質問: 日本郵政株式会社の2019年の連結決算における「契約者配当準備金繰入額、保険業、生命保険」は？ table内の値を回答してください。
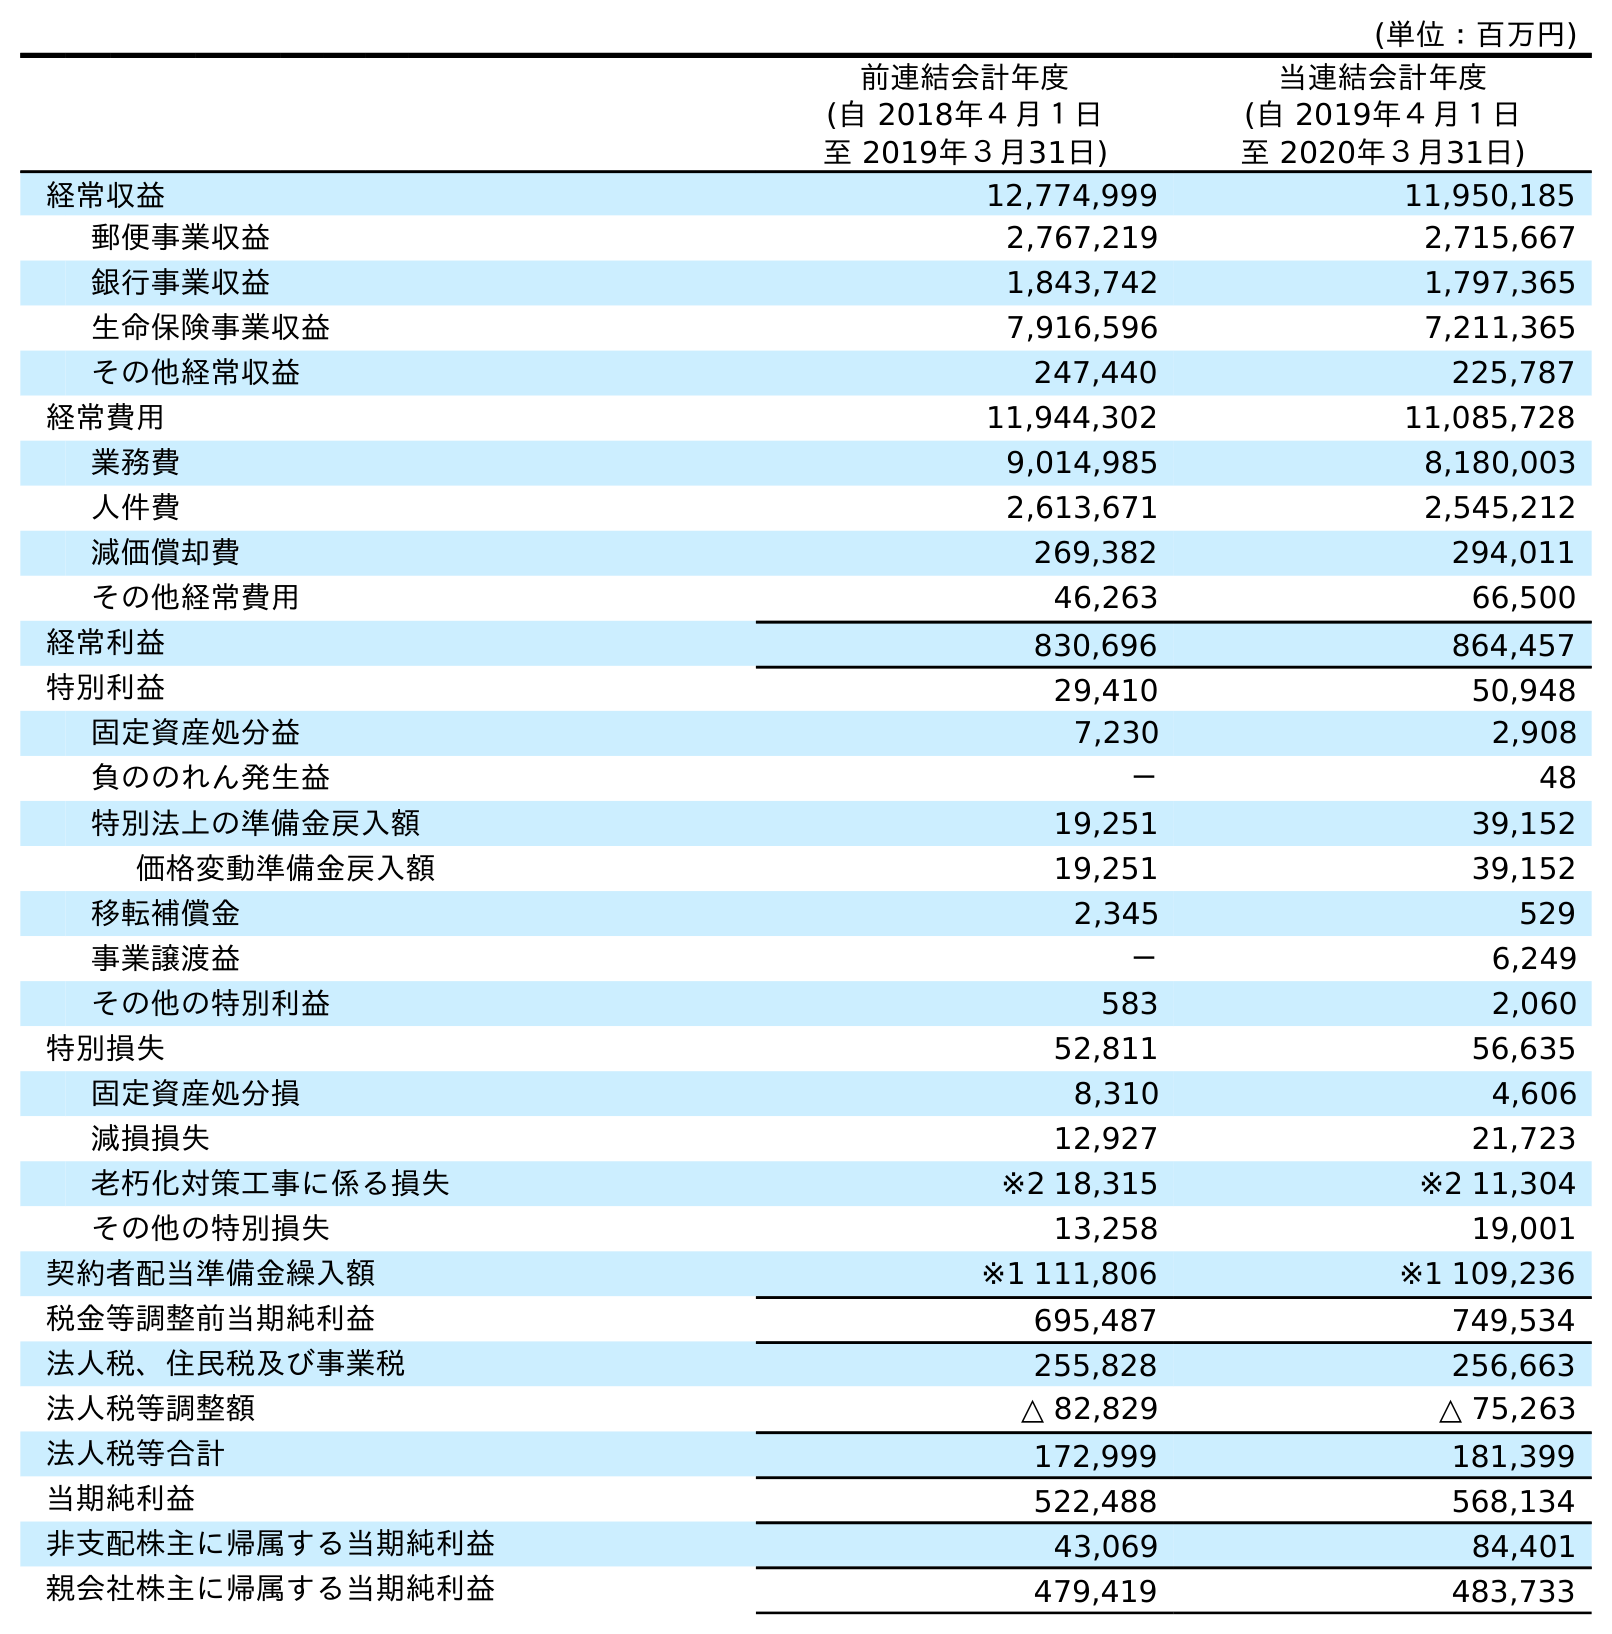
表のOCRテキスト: (単位：百万円) 前連結会計年度 (自 2018年４月１日 至 2019年３月31日) 当連結会計年度 (自 2019年４月１日 至 2020年３月31日) 経常収益 12,774,999 11,950,185 郵便事業収益 2,767,219 2,715,667 銀行事業収益 1,843,742 1,797,365 生命保険事業収益 7,916,596 7,211,365 その他経常収益 247,440 225,787 経常費用 11,944,302 11,085,728 業務費 9,014,985 8,180,003 人件費 2,613,671 2,545,212 減価償却費 269,382 294,011 その他経常費用 46,263 66,500 経常利益 830,696 864,457 特別利益 29,410 50,948 固定資産処分益 7,230 2,908 負ののれん発生益 － 48 特別法上の準備金戻入額 19,251 39,152 価格変動準備金戻入額 19,251 39,152 移転補償金 2,345 529 事業譲渡益 － 6,249 その他の特別利益 583 2,060 特別損失 52,811 56,635 固定資産処分損 8,310 4,606 減損損失 12,927 21,723 老朽化対策工事に係る損失 ※2 18,315 ※2 11,304 その他の特別損失 13,258 19,001 契約者配当準備金繰入額 ※1 111,806 ※1 109,236 税金等調整前当期純利益 695,487 749,534 法人税、住民税及び事業税 255,828 256,663 法人税等調整額 △ 82,829 △ 75,263 法人税等合計 172,999 181,399 当期純利益 522,488 568,134 非支配株主に帰属する当期純利益 43,069 84,401 親会社株主に帰属する当期純利益 479,419 483,733
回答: ※1111,806